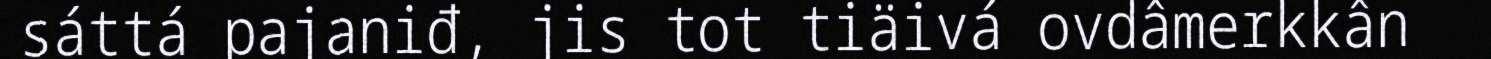
sáttá pajaniđ, jis tot tiäivá ovdâmerkkân